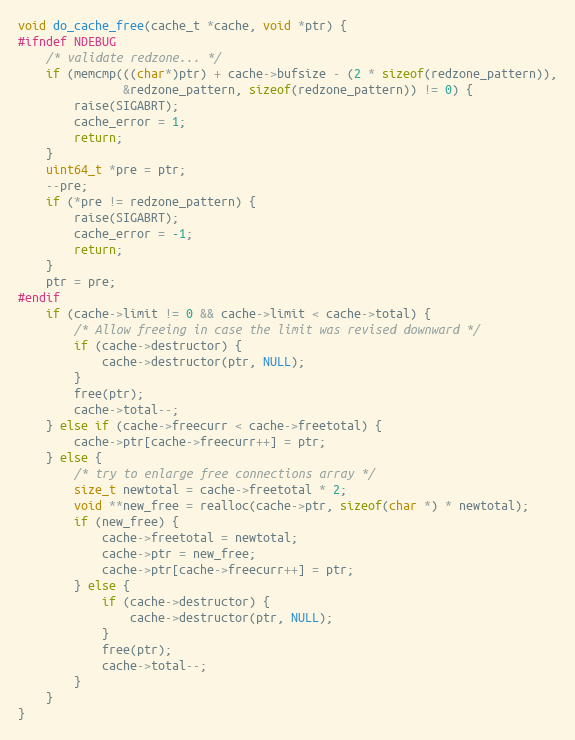
Language: C
void do_cache_free(cache_t *cache, void *ptr) {
#ifndef NDEBUG
    /* validate redzone... */
    if (memcmp(((char*)ptr) + cache->bufsize - (2 * sizeof(redzone_pattern)),
               &redzone_pattern, sizeof(redzone_pattern)) != 0) {
        raise(SIGABRT);
        cache_error = 1;
        return;
    }
    uint64_t *pre = ptr;
    --pre;
    if (*pre != redzone_pattern) {
        raise(SIGABRT);
        cache_error = -1;
        return;
    }
    ptr = pre;
#endif
    if (cache->limit != 0 && cache->limit < cache->total) {
        /* Allow freeing in case the limit was revised downward */
        if (cache->destructor) {
            cache->destructor(ptr, NULL);
        }
        free(ptr);
        cache->total--;
    } else if (cache->freecurr < cache->freetotal) {
        cache->ptr[cache->freecurr++] = ptr;
    } else {
        /* try to enlarge free connections array */
        size_t newtotal = cache->freetotal * 2;
        void **new_free = realloc(cache->ptr, sizeof(char *) * newtotal);
        if (new_free) {
            cache->freetotal = newtotal;
            cache->ptr = new_free;
            cache->ptr[cache->freecurr++] = ptr;
        } else {
            if (cache->destructor) {
                cache->destructor(ptr, NULL);
            }
            free(ptr);
            cache->total--;
        }
    }
}